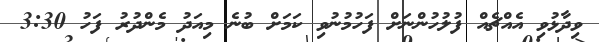
ވިދާޅުވި އެއްޗެއް ފުލުހުންނަށް ފަހުމުނުވި ކަމަށް ބުނެ މިއަދު މެންދުރު ފަހު 3:30